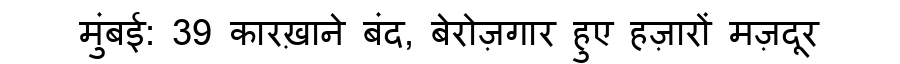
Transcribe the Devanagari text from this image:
मुंबई: 39 कारख़ाने बंद, बेरोज़गार हुए हज़ारों मज़दूर